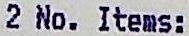
2 NO. ITEMS: